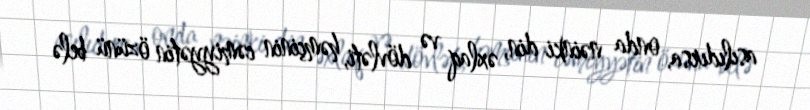
asılıdırsa, onda nəinki din, əxlaq və dövləti, həmçinin cəmiyyətin özünü belə